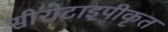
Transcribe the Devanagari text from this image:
सीरोटाइपीकृत